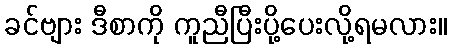
ခင်ဗျား ဒီစာကို ကူညီပြီးပို့ပေးလို့ရမလား။